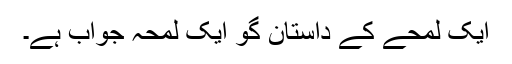
ایک لمحے کے داستان گو ایک لمحہ جواب ہے۔